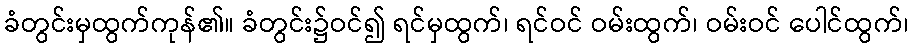
ခံတွင်းမှထွက်ကုန်၏။ ခံတွင်း၌ဝင်၍ ရင်မှထွက်၊ ရင်ဝင် ဝမ်းထွက်၊ ဝမ်းဝင် ပေါင်ထွက်၊